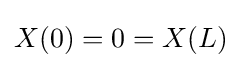
X(0)=0=X(L)